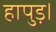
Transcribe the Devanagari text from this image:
हापुड़।